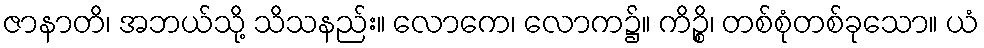
ဇာနာတိ၊ အဘယ်သို့ သိသနည်း။ လောကေ၊ လောက၌။ ကိဉ္စိ၊ တစ်စုံတစ်ခုသော။ ယံ